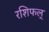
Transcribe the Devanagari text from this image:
रशिफल्